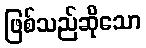
ဖြစ်သည်ဆိုသော